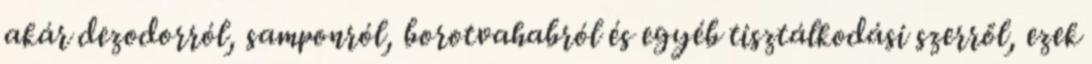
akár dezodorról, samponról, borotvahabról és egyéb tisztálkodási szerről, ezek